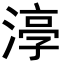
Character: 𭱰